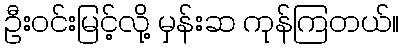
ဦးဝင်းမြင့်လို့ မှန်းဆ ကုန်ကြတယ်။